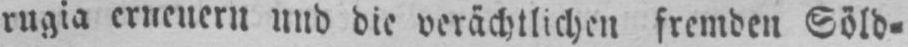
rugia erneuern und die verächtlichen fremden Söld⸗